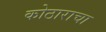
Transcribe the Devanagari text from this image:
कोठाराचा